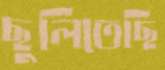
ছুলিতেছি